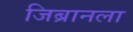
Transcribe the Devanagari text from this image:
जिब्रानला